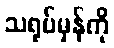
သရုပ်မှန်ကို